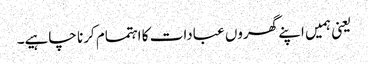
یعنی ہمیں اپنے گھروں عبادات کا اہتمام کرنا چاہیے۔